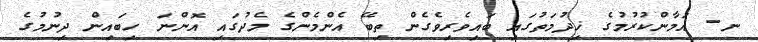
ނ- އަމާންކުރުމުގެ ޚިދުމަތުގައި ބައިވެރިވެގެން ތިބޭ އެންމެންގެ މެދުގައި އޮންނަ ހިބައިން ދިނުމުގެ